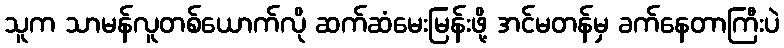
သူက သာမန်လူတစ်ယောက်လို ဆက်ဆံမေးမြန်းဖို့ အင်မတန်မှ ခက်နေတာကြီးပဲ